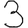
Digit: 3